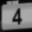
Digit: 4